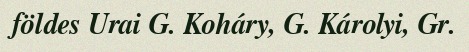
földes Urai G. Koháry, G. Károlyi, Gr.